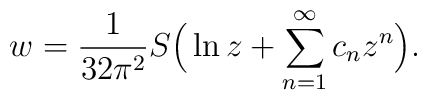
w = \frac{1}{32\pi^2} S \Big(\ln z +\sum\limits_{n=1}^\infty c_n z^n\Big).